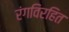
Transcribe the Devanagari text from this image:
रंगविरहित